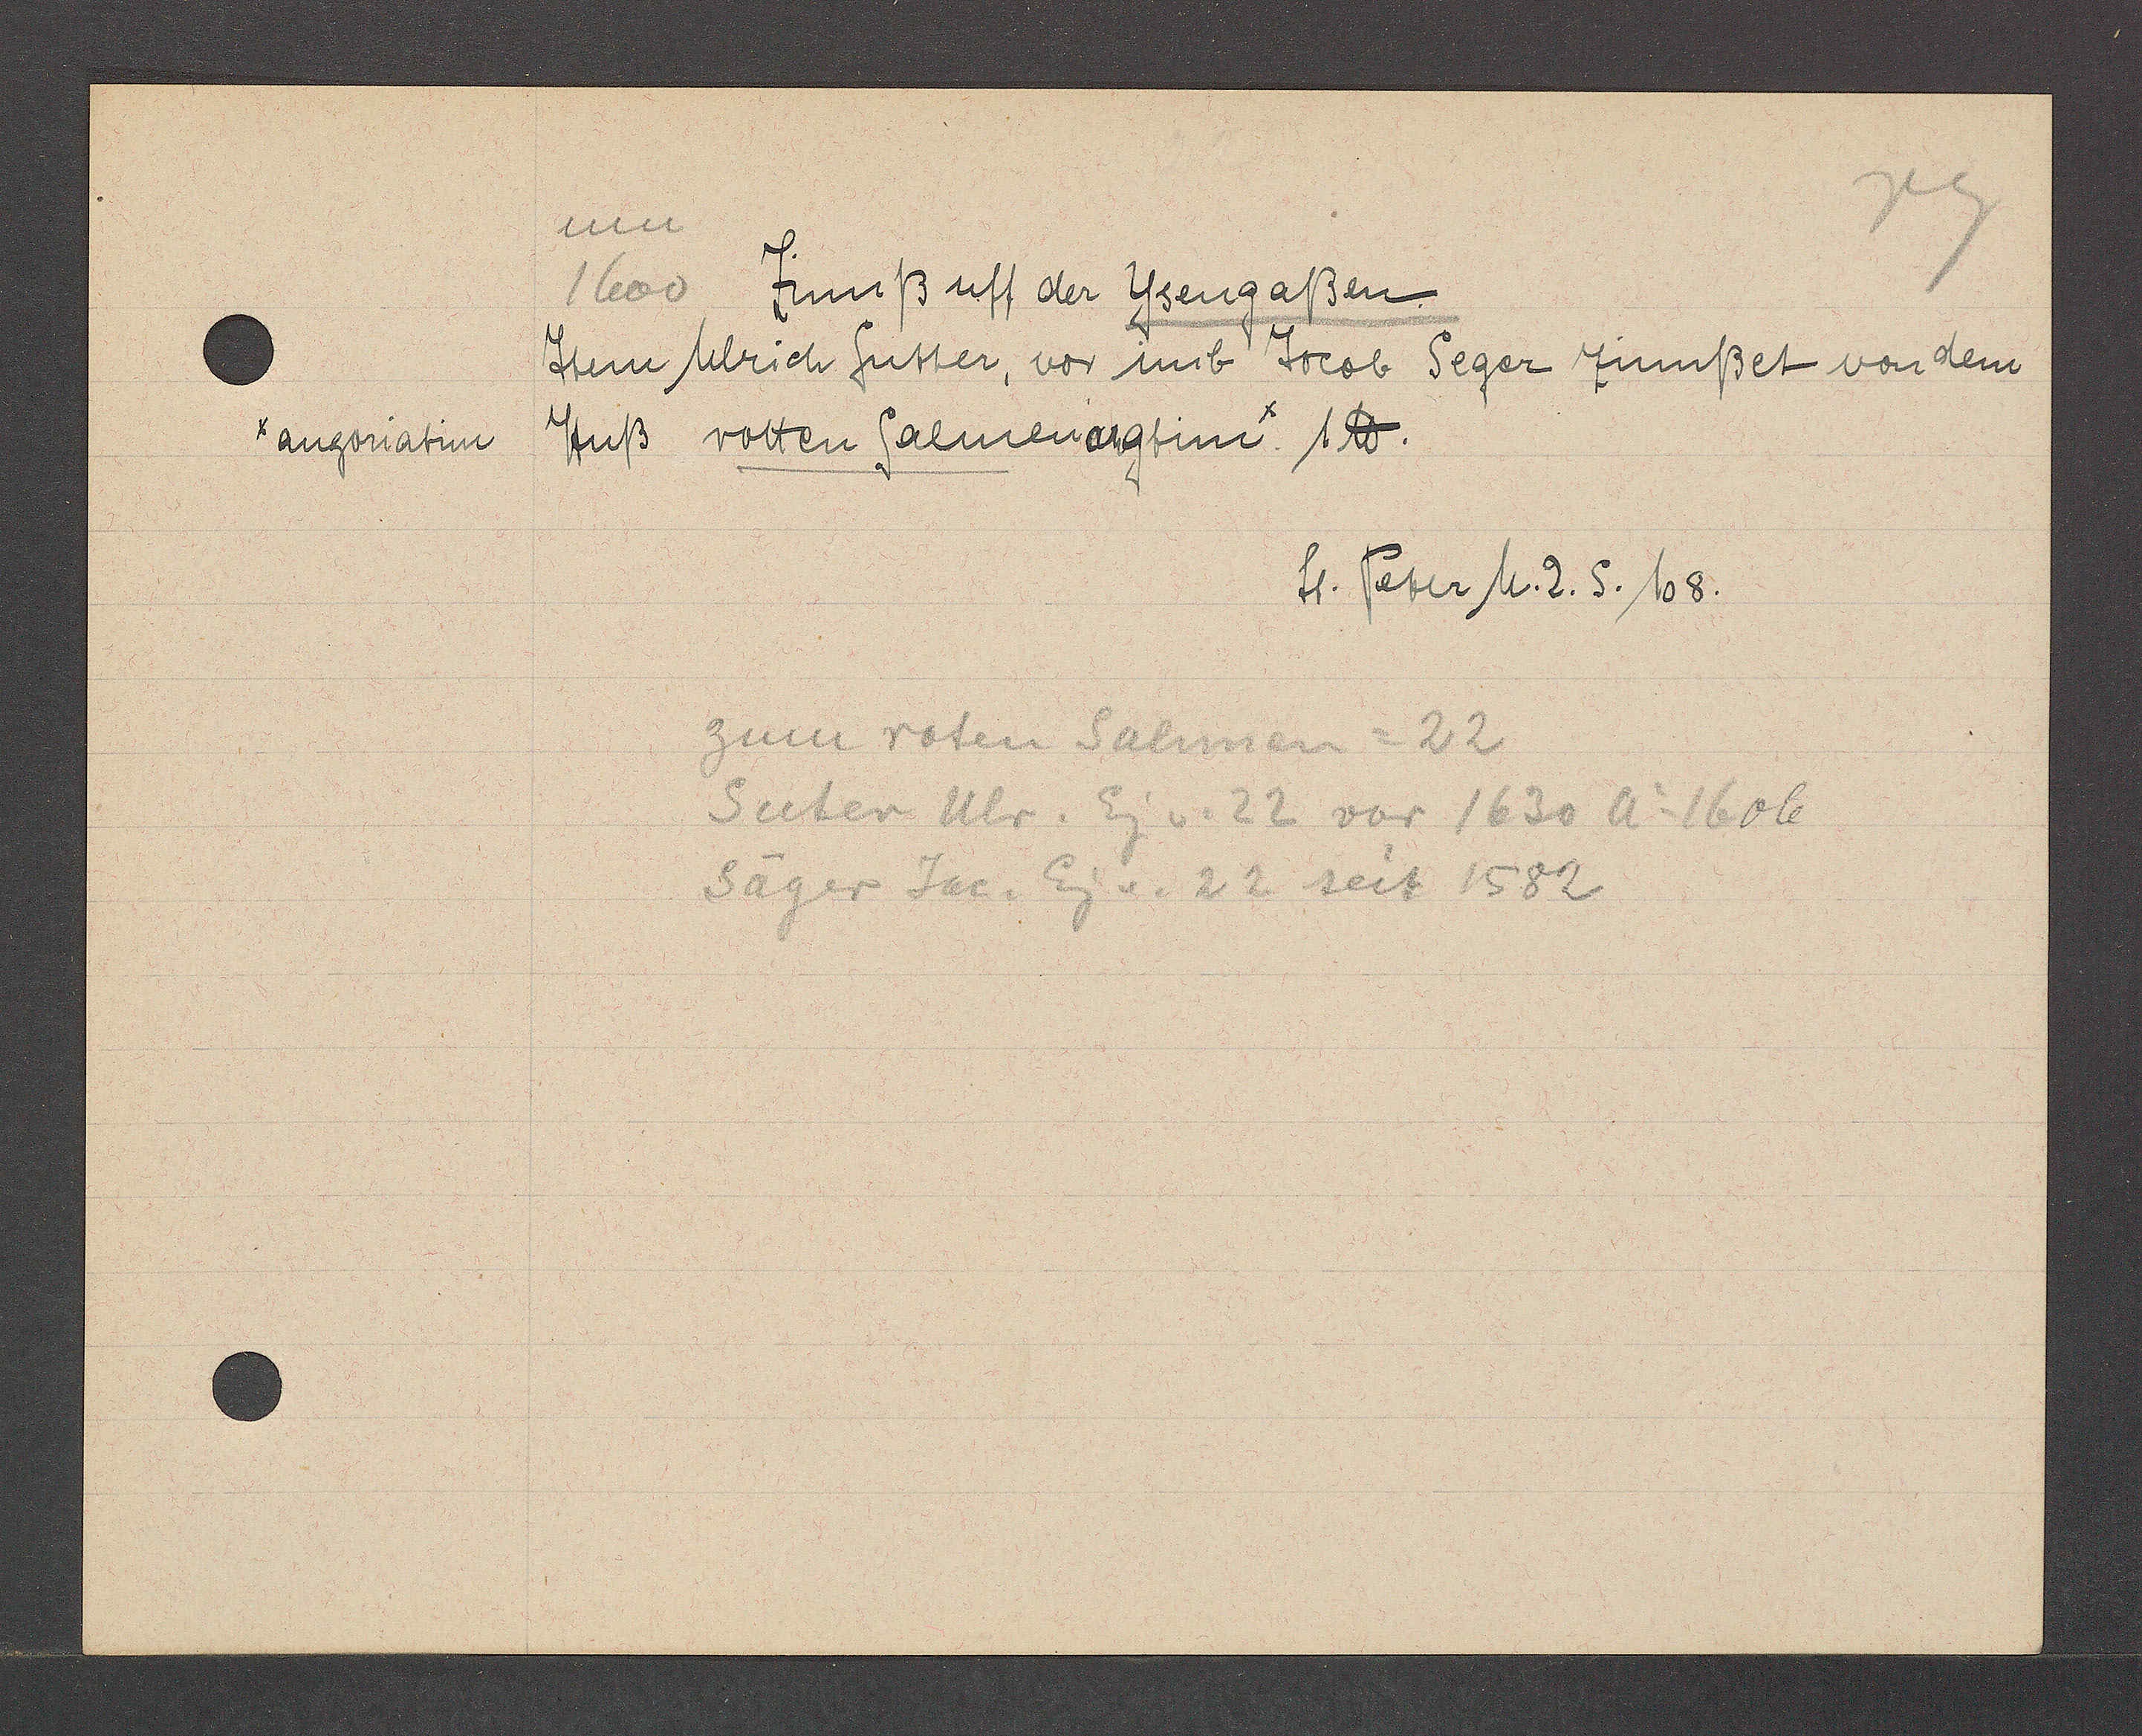
Transcript:
x angoriatim

um
1600 Zinnß uff der Ysengaßen
Jtem Ulrich Sutter, vor imb Jacob Seger Zinnßet von dem
Huß rotten Salmen angtimx: 1 ℔.
St. Peter M.2. S. 108.
zum roten Salmen =22
Suter Ulr. Eg v. 22 vor 1630 Ao 1606
Säger Jac. Eig v. 22 seit 1582